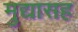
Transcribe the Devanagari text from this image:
मुद्यासह